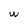
Character: w